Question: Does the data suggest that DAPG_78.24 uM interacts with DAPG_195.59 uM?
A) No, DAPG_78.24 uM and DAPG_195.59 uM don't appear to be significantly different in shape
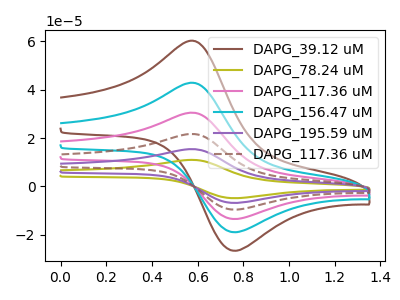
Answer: <think>The brown curve "DAPG_39.12 uM" has an anodic peak at (0.60V, 59.85uA) and a cathodic peak at (0.75V, -26.45uA). The olive curve "DAPG_78.24 uM" has an anodic peak at (0.60V, 212.90uA) and a cathodic peak at (0.75V, -94.15uA). The pink curve "DAPG_117.36 uM" has an anodic peak at (0.60V, 85.15uA) and a cathodic peak at (0.75V, -37.65uA). The cyan curve "DAPG_156.47 uM" has an anodic peak at (0.60V, 42.60uA) and a cathodic peak at (0.75V, -18.85uA). The purple curve "DAPG_195.59 uM" has an anodic peak at (0.60V, 170.30uA) and a cathodic peak at (0.75V, -75.35uA). The brown dashed curve "DAPG_117.36 uM" has an anodic peak at (0.60V, 127.75uA) and a cathodic peak at (0.75V, -56.50uA).
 All the peaks in "DAPG_78.24 uM" have a peak in "DAPG_195.59 uM" at the same potential. Every peak in "DAPG_78.24 uM" is higher than every peak in "DAPG_195.59 uM".</think>
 <answer>A) No, "DAPG_78.24 uM" and "DAPG_195.59 uM" don't appear to be significantly different in shape</answer>
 <eval>A</eval>